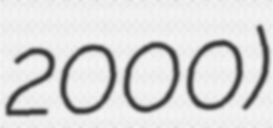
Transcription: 2000)